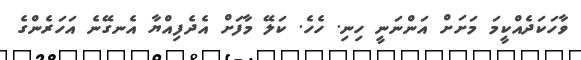
ވާހަކަދެއްކީމަ މަށަށް އަންނަނީ ހިނި. ހެހެ. ކަލޭ މާފަށް އެދެފިއްޔާ އެނގޭނެ އަހަރެންގެ